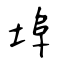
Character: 埠